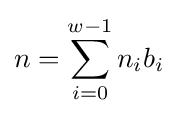
n=\sum _{i=0}^{w-1}n_{i}b_{i}